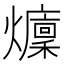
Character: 𤒢